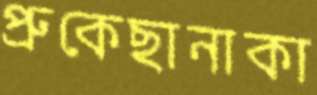
প্রুকেছানাকা